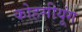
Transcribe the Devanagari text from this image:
कोहसीयूंग